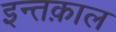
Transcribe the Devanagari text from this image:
इन्तक़ाल